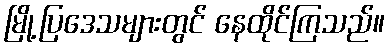
မြို့ပြဒေသများတွင် နေထိုင်ကြသည်။